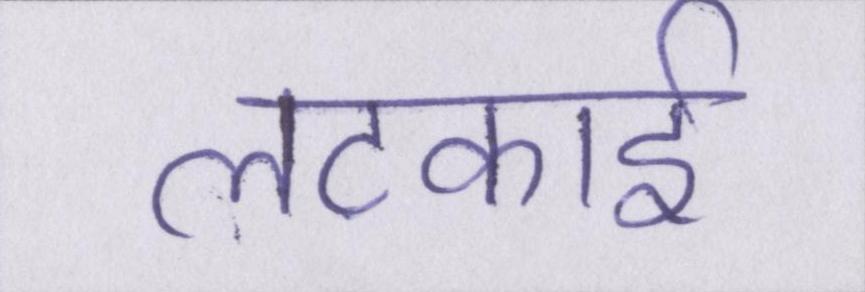
लटकाई